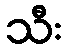
သီး